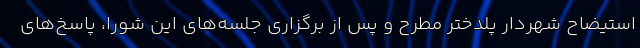
استیضاح شهردار پلدختر مطرح و پس از برگزاری جلسه‌های این شورا، پاسخ‌های